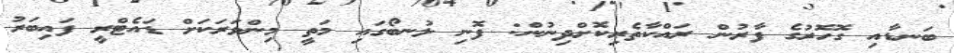
ބަނޑާއި ގޮހޮރުގެ ފާރުން ރައްކާތެރިކޮށްދިނުން: ފޮނި ލުނބޯގައި މަތީ މިންވަރަކަށް ޑައެޓްރީ ފައިބަރު